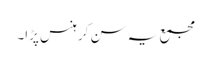
مجمع یہ سن کر ہنس پڑا۔